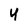
Character: 4